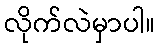
လိုက်လဲမှာပါ။